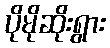
ပိုမိုဆိုးရွား